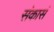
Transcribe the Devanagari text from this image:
संकासं